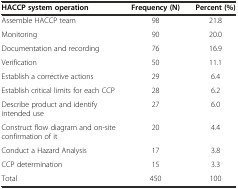
<table><thead><tr><td><b>HACCP system operation</b></td><td><b>Frequency (N)</b></td><td><b>Percent (%)</b></td></tr></thead><tbody><tr><td>Assemble HACCP team</td><td>98</td><td>21.8</td></tr><tr><td>Monitoring</td><td>90</td><td>20.0</td></tr><tr><td>Documentation and recording</td><td>76</td><td>16.9</td></tr><tr><td>Verification</td><td>50</td><td>11.1</td></tr><tr><td>Establish a corrective actions</td><td>29</td><td>6.4</td></tr><tr><td>Establish critical limits for each CCP</td><td>28</td><td>6.2</td></tr><tr><td>Describe product and identify intended use</td><td>27</td><td>6.0</td></tr><tr><td>Construct flow diagram and on-site confirmation of it</td><td>20</td><td>4.4</td></tr><tr><td>Conduct a Hazard Analysis</td><td>17</td><td>3.8</td></tr><tr><td>CCP determination</td><td>15</td><td>3.3</td></tr><tr><td>Total</td><td>450</td><td>100</td></tr></tbody></table>